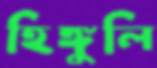
হিঙ্গুলি